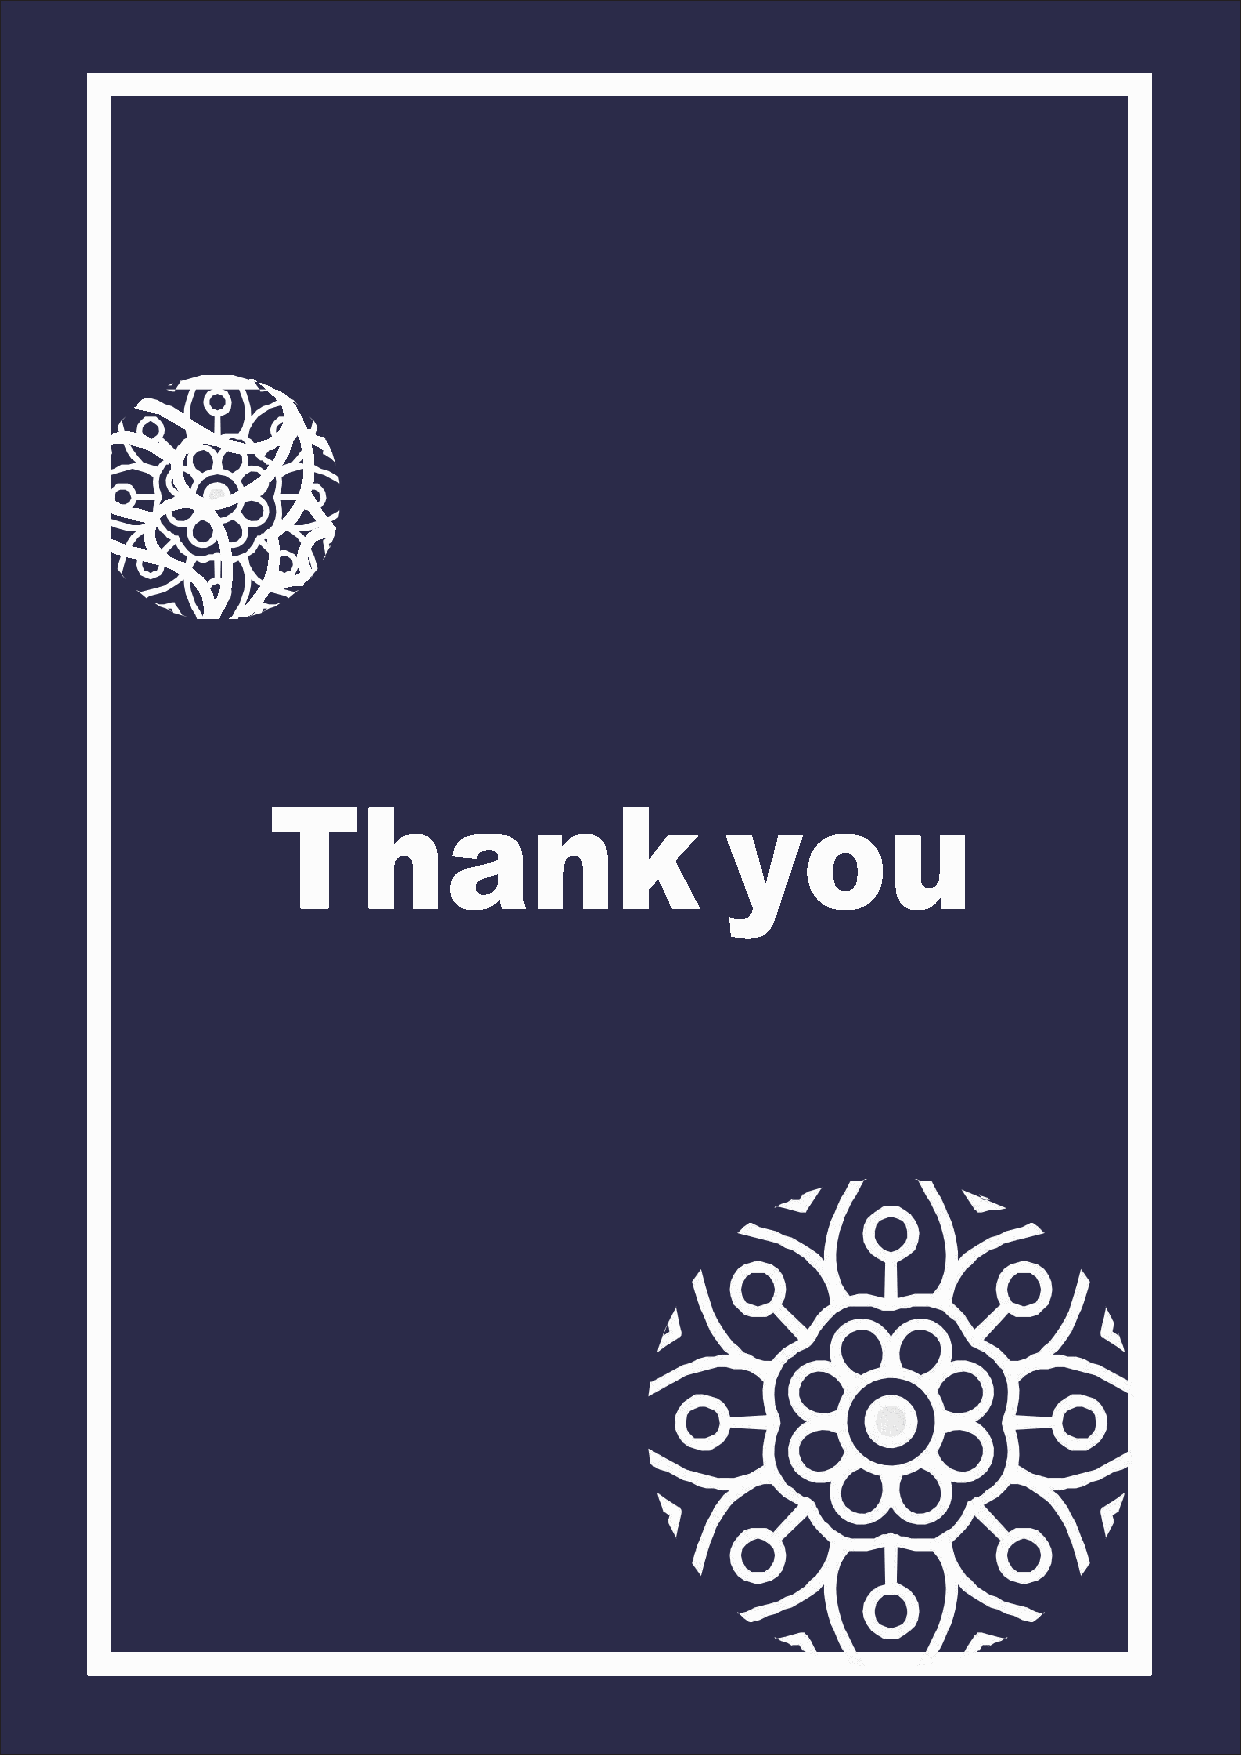
Thank                         you